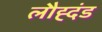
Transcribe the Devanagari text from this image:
लौह्दंड